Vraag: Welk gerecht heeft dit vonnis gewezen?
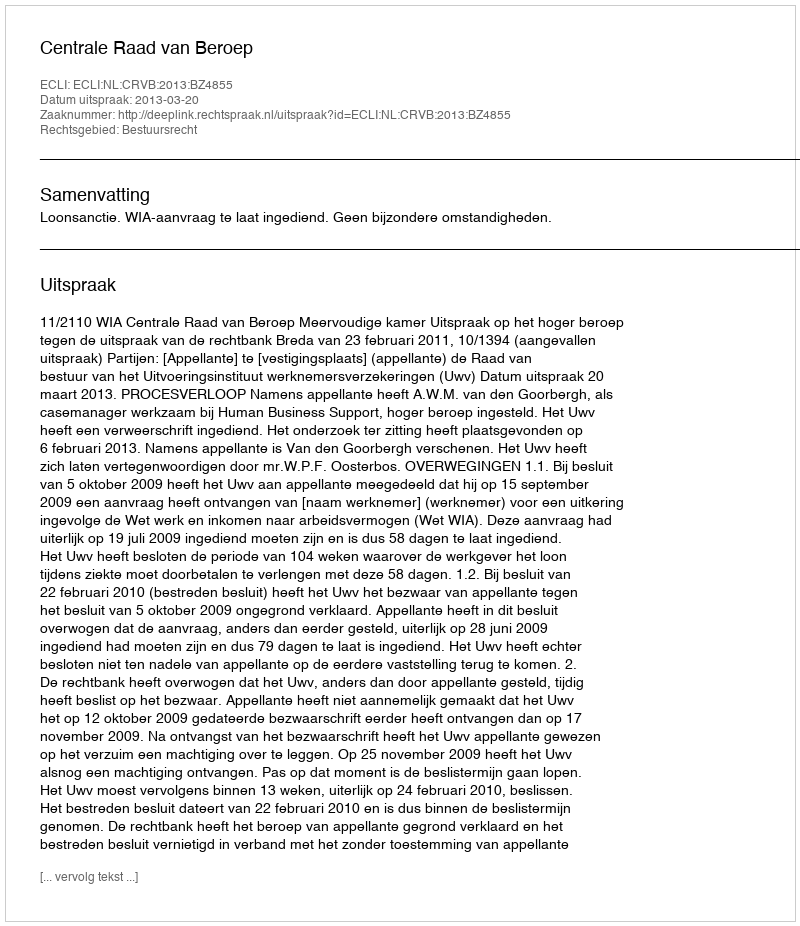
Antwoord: Centrale Raad van Beroep